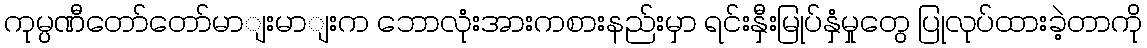
ကုမ္ပဏီတော်တော်မာျးမာျးက ဘောလုံးအားကစားနည်းမှာ ရင်းနှီးမြုပ်နှံမှုတွေ ပြုလုပ်ထားခဲ့တာကို